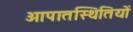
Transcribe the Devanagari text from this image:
आपातस्थितियों